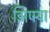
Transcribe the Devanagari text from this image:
झिपर्‍या